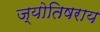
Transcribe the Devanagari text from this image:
ज्योतिषराय